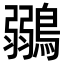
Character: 鶸